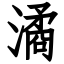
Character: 潏